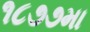
૧૮૭૭મા